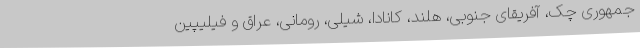
جمهوری چک، آفریقای جنوبی، هلند، کانادا، شیلی، رومانی، عراق و فیلیپین